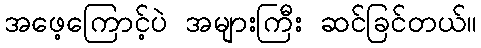
အဖေ့ကြောင့်ပဲ အများကြီး ဆင်ခြင်တယ်။